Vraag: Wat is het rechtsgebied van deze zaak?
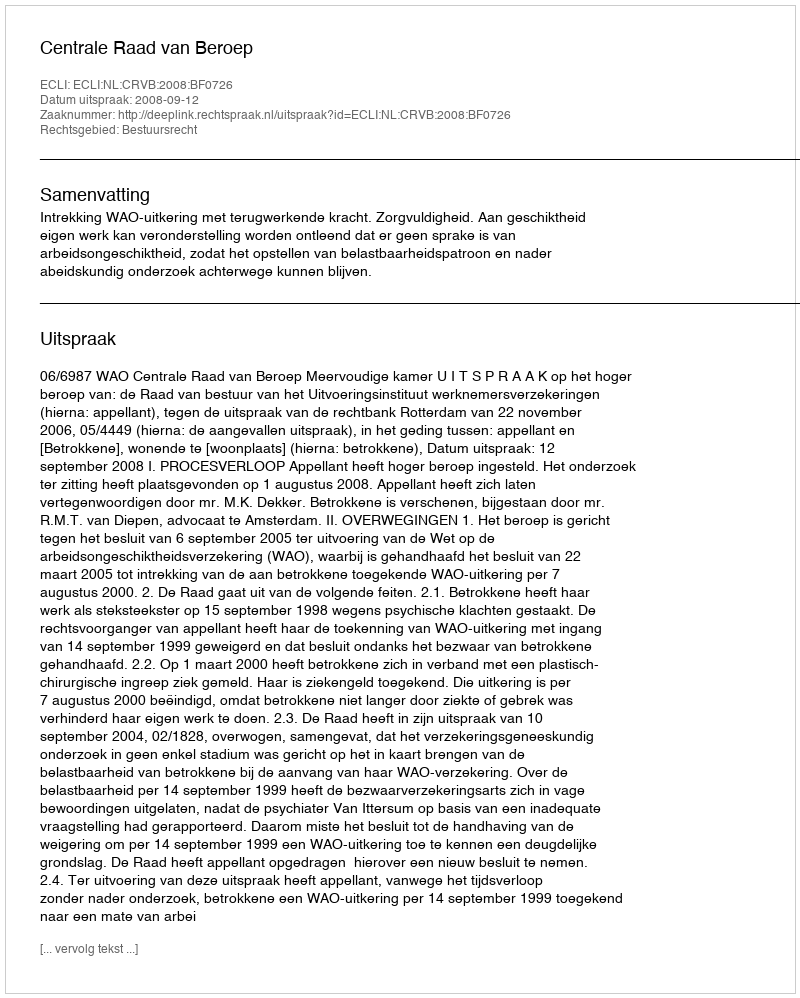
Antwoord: Bestuursrecht